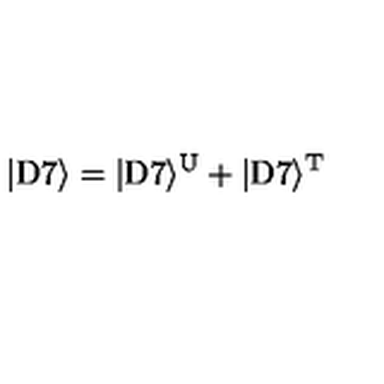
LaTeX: | \mathrm { D } 7 \rangle = | \mathrm { D } 7 \rangle ^ { \mathrm { U } } + | \mathrm { D } 7 \rangle ^ { \mathrm { T } }